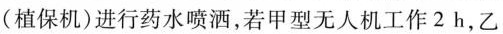
(植保机)进行药水喷洒，若甲型无人机工作2h，乙